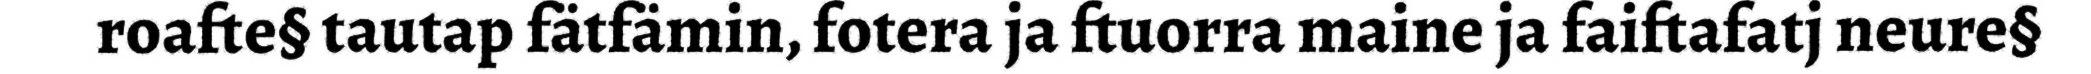
roafte§ tautap fätfämin, fotera ja ftuorra maine ja faiftafatj neure§